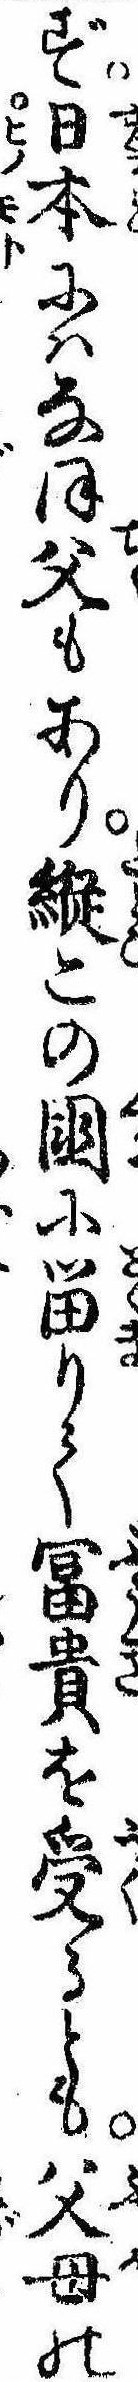
ず日本にはなほ父もあり縦この国に留りて富貴を受るとも父母の